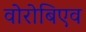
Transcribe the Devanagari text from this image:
वोरोबिएव